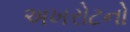
અખરોટનો